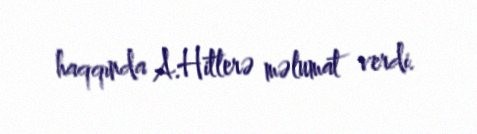
haqqında A.Hitlerə məlumat verdi.